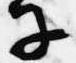
子